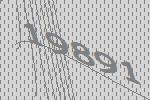
19891